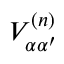
V _ { \alpha \alpha ^ { \prime } } ^ { ( n ) }